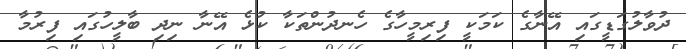
ދުވާލުގަޑީގައި އޭނާގެ ކަމަކީ ފިރިމީހާގެ ހެނދުންތަކާ ކުޅެ އޭނާ ނިދި ބާލީހުގައި ފިރުމާ